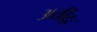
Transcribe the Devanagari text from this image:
अतींद्रः